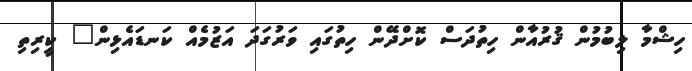
ހިޝްމާ ލިބުމުން ޤުރުއާން ހިތުދަސް ކޮށްދޭން ހިތުގައި ވަރުގަދަ އަޒުމެއް ކަނޑައެޅިން" ކީރިތި